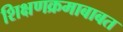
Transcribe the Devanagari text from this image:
शिक्षणक्रमाबाबत